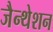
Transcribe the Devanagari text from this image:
जैन्थेशन